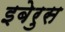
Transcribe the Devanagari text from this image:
इबेरुस